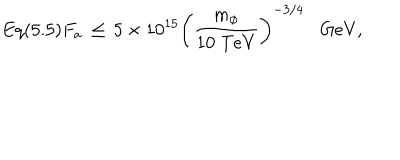
LaTeX: E q ( 5 . 5 ) F _ { a } \, \leq \, 5 \times 1 0 ^ { 1 5 } \left( \frac { m _ { \phi } } { 1 0 \; \mathrm { T e V } } \right) ^ { - 3 / 4 } \mathrm { G e V } ,